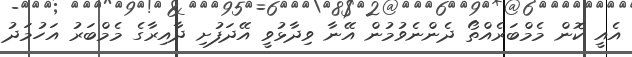
އެއީ ކޮން މެމްބަރެއްތޯ ދެންނެވުމުން އޭނާ ވިދާޅުވީ އޭދަފުށި ދާއިރާގެ މެމްބަރު އަހުމަދު